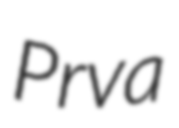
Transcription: Prva